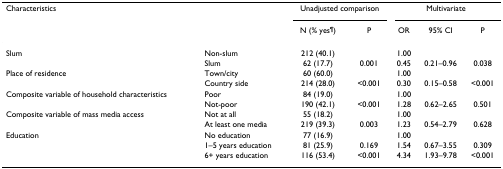
<table><thead><tr><td><b>Characteristics</b></td><td></td><td colspan="2"><b>Unadjusted comparison</b></td><td colspan="3"><b>Multivariate</b></td></tr><tr><td></td><td></td><td><b>N (% yes<sup>¶</sup>)</b></td><td><b>P</b></td><td><b>OR</b></td><td><b>95% CI</b></td><td><b>P</b></td></tr></thead><tbody><tr><td>Slum</td><td>Non-slum</td><td>212 (40.1)</td><td></td><td>1.00</td><td></td><td></td></tr><tr><td></td><td>Slum</td><td>62 (17.7)</td><td>0.001</td><td>0.45</td><td>0.21–0.96</td><td>0.038</td></tr><tr><td>Place of residence</td><td>Town/city</td><td>60 (60.0)</td><td></td><td>1.00</td><td></td><td></td></tr><tr><td></td><td>Country side</td><td>214 (28.0)</td><td>&lt;0.001</td><td>0.30</td><td>0.15–0.58</td><td>&lt;0.001</td></tr><tr><td>Composite variable of household characteristics</td><td>Poor</td><td>84 (19.0)</td><td></td><td>1.00</td><td></td><td></td></tr><tr><td></td><td>Not-poor</td><td>190 (42.1)</td><td>&lt;0.001</td><td>1.28</td><td>0.62–2.65</td><td>0.501</td></tr><tr><td>Composite variable of mass media access</td><td>Not at all</td><td>55 (18.2)</td><td></td><td>1.00</td><td></td><td></td></tr><tr><td></td><td>At least one media</td><td>219 (39.3)</td><td>0.003</td><td>1.23</td><td>0.54–2.79</td><td>0.628</td></tr><tr><td>Education</td><td>No education</td><td>77 (16.9)</td><td></td><td>1.00</td><td></td><td></td></tr><tr><td></td><td>1–5 years education</td><td>81 (25.9)</td><td>0.169</td><td>1.54</td><td>0.67–3.55</td><td>0.309</td></tr><tr><td></td><td>6+ years education</td><td>116 (53.4)</td><td>&lt;0.001</td><td>4.34</td><td>1.93–9.78</td><td>&lt;0.001</td></tr></tbody></table>